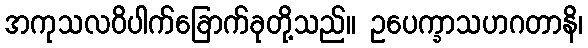
အကုသလဝိပါက်ခြောက်ခုတို့သည်။ ဥပေက္ခာသဟဂတာနိ၊